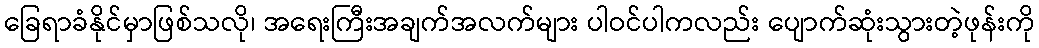
ခြေရာခံနိုင်မှာဖြစ်သလို၊ အရေးကြီးအချက်အလက်များ ပါဝင်ပါကလည်း ပျောက်ဆုံးသွားတဲ့ဖုန်းကို